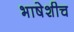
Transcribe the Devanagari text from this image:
भाषेशीच